Problem: 42 + 46 = ?
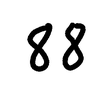
Handwritten answer: 88